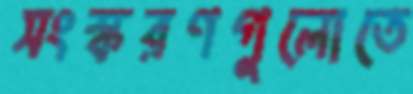
সংস্করণগুলোতে